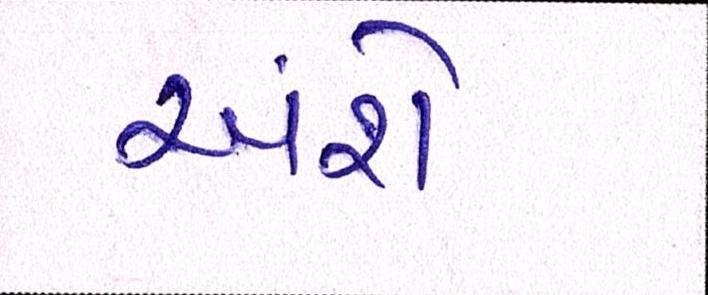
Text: અંશે